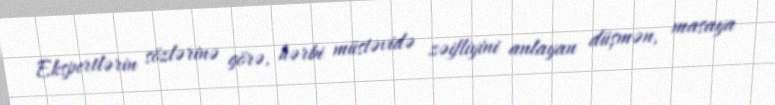
Ekspertlərin sözlərinə görə, hərbi müstəvidə zəifliyini anlayan düşmən, masaya